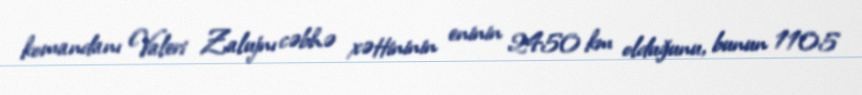
komandanı Valeri Zalujnı cəbhə xəttininin eninin 2450 km olduğunu, bunun 1105